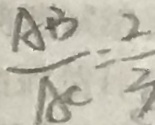
\frac { A B } { A C } = \frac { 2 } { 3 }